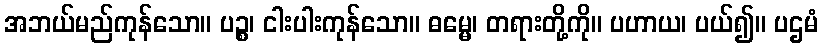
အဘယ်မည်ကုန်သော။ ပဉ္စ၊ ငါးပါးကုန်သော။ ဓမ္မေ၊ တရားတို့ကို။ ပဟာယ၊ ပယ်၍။ ပဌမံ